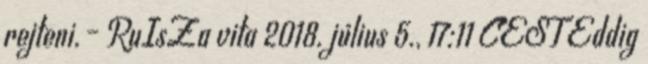
rejteni.– RuIsZa vita 2018. július 5., 17:11 CEST Eddig